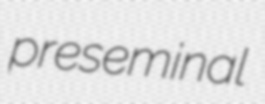
preseminal